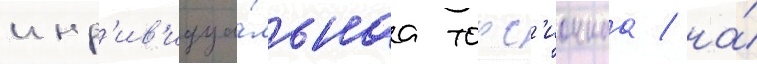
инд'ив'идуа́льнаа торс'ионнаа / на́